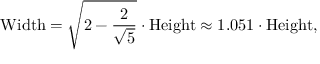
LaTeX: { \mathrm { W i d t h } } = { \sqrt { 2 - { \frac { 2 } { \sqrt { 5 } } } } } \cdot { \mathrm { H e i g h t } } \approx 1 . 0 5 1 \cdot { \mathrm { H e i g h t } } ,